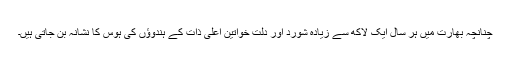
چنانچہ بھارت میں ہر سال ایک لاکھ سے زیادہ شورد اور دلت خواتین اعلیٰ ذات کے ہندوؤں کی ہوس کا نشانہ بن جاتی ہیں۔